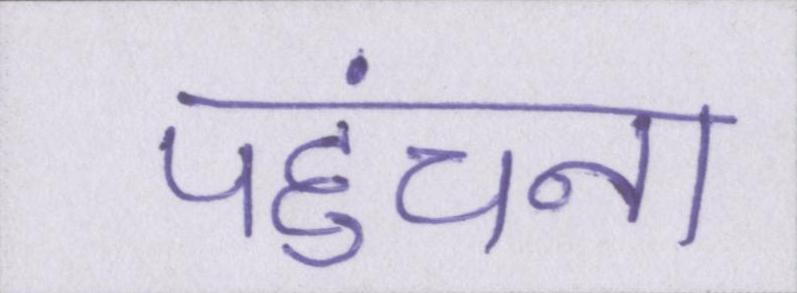
पहुंचना